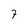
Character: 7